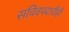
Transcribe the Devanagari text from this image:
सचिवपदाचीही